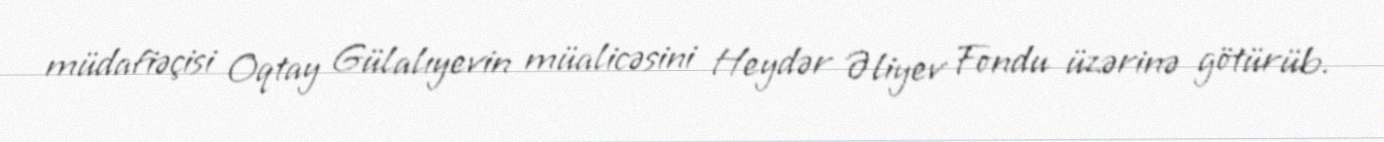
müdafiəçisi Oqtay Gülalıyevin müalicəsini Heydər Əliyev Fondu üzərinə götürüb.